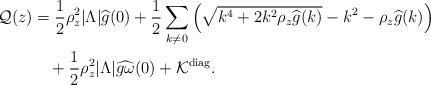
LaTeX: \begin{align*}\mathcal Q(z) &= \frac 1 2 \rho_z^2\vert \Lambda \vert \widehat g(0) + \frac{1}{2}\sum_{k \neq 0} \Big( \sqrt{k^4 + 2 k^2 \rho_z \widehat g(k)} - k^2 - \rho_z \widehat g(k) \Big) \\ &\quad+ \frac 1 2 \rho_z^2\vert \Lambda \vert \widehat{g\omega}(0) + \mathcal K^{\rm{diag}}. \end{align*}